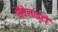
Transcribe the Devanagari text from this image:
सैटेलाइटों